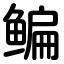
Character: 鳊